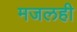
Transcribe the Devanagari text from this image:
मजलही